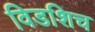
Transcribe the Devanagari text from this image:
विडशिच